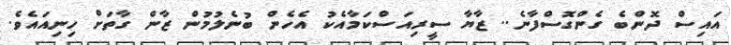
އައިސް ދޮންބެ ގެންގޮސްފާނެ.. ޒާޔާ ސީރިއަސްކަމާއެކު އެހެން ބުނެލުމުން ޒާން ގާތަށް ހިނިއައެވެ.